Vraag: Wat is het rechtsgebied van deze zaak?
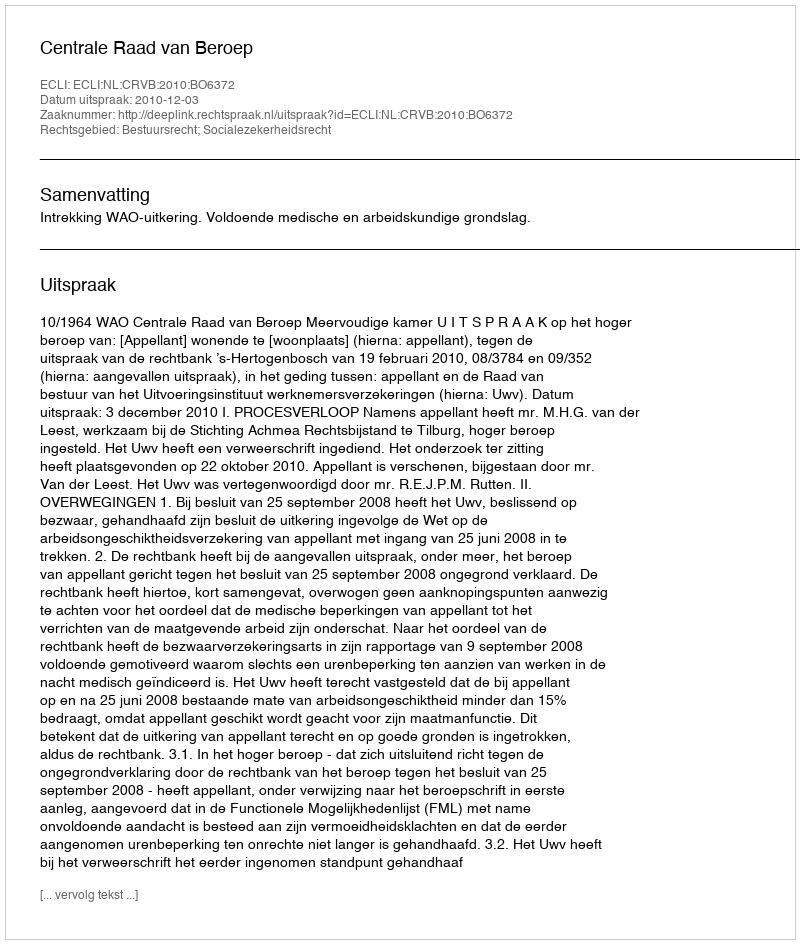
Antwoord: Bestuursrecht; Socialezekerheidsrecht